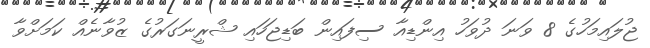
ޖުލައިމަހުގެ 8 ވަނަ ދުވަހު އިންޑިއާ ސިފައިން ބަޑިޖަހައި ޝްރީނަގަރުގެ ޒުވާނެއް ކަމަށްވާ